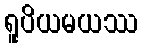
ရူပိယမယဿ